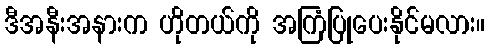
ဒီအနီးအနားက ဟိုတယ်ကို အကြံပြုပေးနိုင်မလား။